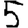
Digit: 5